Rangoon Lunatic Asylum 1893-1897 - 1893-1897
Year: 1893
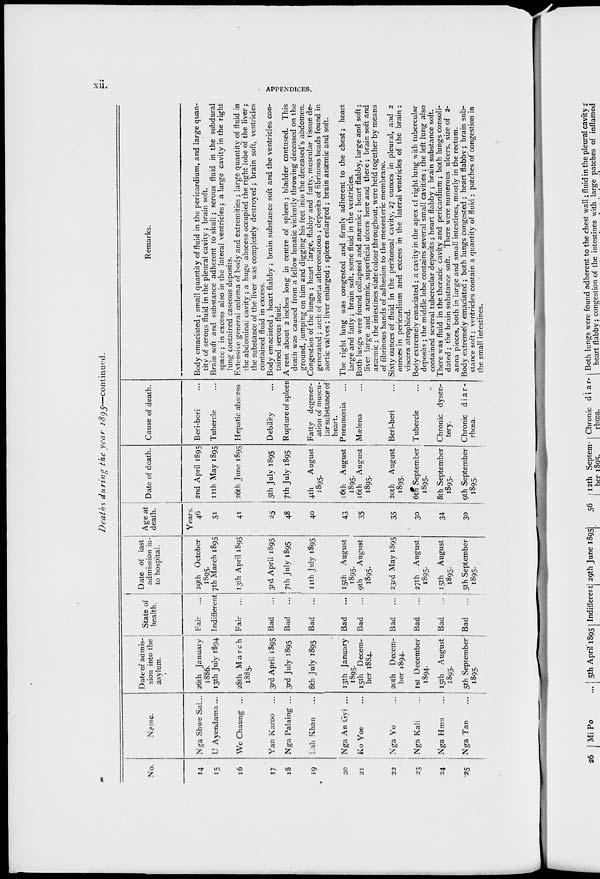
xii
APPENDICES.
Deaths during the year 1895—continued.
No.
14
15
16
17
18
19
20
21
22
23
24
25
Name.
Nga Shwe Sai ...
U Ayendama ...
We Chaung ...
Yan Karoo ...
Nga Palaing ...
Lah Khan
...
Nga An Gyi ...
Ko Yoe ...
Nga Yo ...
Nga Kali ...
Nga Hmu
...
Nga Tan
...
Date of admis-
sion into the
asylum.
State of
health.
26th January
1886.
13th July 1894
28th March
1885.
3rd April 1895
3rd July 1895
8th July 1895
13th January
1895.
15th Decem-
ber 1884.
20th Decem-
ber 1894.
1st December
1894.
15th August
1895.
5th September
1895.
Fair ...
Indifferent
Fair ...
Bad
...
Bad
...
Bad
...
Bad
...
Bad
...
Bad
...
Bad
...
Bad
...
Bad
...
Date of last
admission in-
to hospital.
29th October
1895.
7th March 1895
13th April 1895
3rd April 1895
7th July 1895
11th July 1895
15th August
1895.
9th
August
1895.
23rd May 1895
27th August
1895.
15th August
1895.
5th September
1895.
Age at
death.
Years.
46
51
41
25
48
40
43
35
35
30
34
30
Date of death.
2nd April 1895
11th May 1895
26th June 1895
5th July 1895
7th July 1895
4th
August
1895.
16th August
1895.
16th August
1895.
20th August
1895.
6th September
1895.
8th September
1895.
9th September
1895.
Cause of death.
Beri-beri ...
Tubercle ...
Hepatic abscess
Debility ...
Rupture of spleen
Fatty degener-
ation of muscu-
lar substance of
heart.
Pneumonia ...
Mælena ...
Beri-beri ...
Tubercle ...
Chronic dysen-
tery.
Chronic diar-
rhœa.
Remarks.
Body emaciated; small quantity of fluid in the pericardium, and large quan-
tity of serous fluid in the pleural cavity; brain soft.
Brain soft and substance adherent to skull; serous fluid in the subdural
space; in excess also in the lateral ventricles; a large cavity in the right
lung contained caseous deposits.
Extensive general oedema of body and extremities ; large quantity of fluid in
the abdominal cavity ; a huge abscess occupied the right lobe of the liver;
the substance of the liver was completely destroyed ; brain soft, ventricles
contained fluid in excess.
Body emaciated; heart flabby ; brain substance soft and the ventricles con-
tained serous fluid.
A rent about 2 inches long in centre of spleen; bladder contused. This
death was caused from a fellow lunatic violently throwing deceased on the
ground, jumping on him and digging his feet into the deceased's abdomen.
Congestion of the lungs ; heart large, flabby and fatty, muscular tissue de-
generated ; arch of aorta atheromatous ; deposits of fibrinous beads found in
aortic valves ; liver enlarged ; spleen enlarged; brain anaemic and soft.
The right lung was congested and firmly adherent to the chest; heart
large and fatty; brain soft, some fluid in the ventricles.
Both lungs were found collapsed and anæmic; heart flabby, large and soft;
liver large and anaemic, superficial ulcers here and there; brain soft and
anæmic ; the intestines slate colour throughout, were held together by means
of fibrinous bands of adhesion to the mesenteric membrane.
Sixty ounces of fluid in the peritoneal cavity, 27 ounces in pleural, and 2
ounces in pericardium and excess in the lateral ventricles of the brain ;
viscera atrophied.
Body extremely emaciated ; a cavity in the apex of right lung with tubercular
deposits ; the middle lobe contains several small cavities ; the left lung also
contained several tubercular deposits; heart flabby ; brain substance soft.
There was fluid in the thoracic cavity and pericardium; both lungs consoli-
dated ; the brain substance soft. There were numerous ulcers, size of 2-
anna pieces, both in large and small intestines, mostly in the rectum.
Body extremely emaciated; both lungs congested ; heart flabby; brain sub-
stance soft; ventricles contain a quantity of fluid ; patches of congestion in
the small intestines.